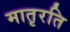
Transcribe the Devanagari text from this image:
मातृरति